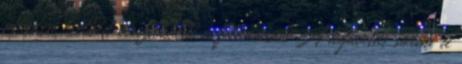
minden esetben visszaküldi a feladónak A kijavítás során a